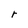
Character: r